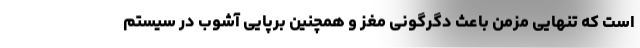
است که تنهایی مزمن باعث دگرگونی مغز و همچنین برپایی آشوب در سیستم